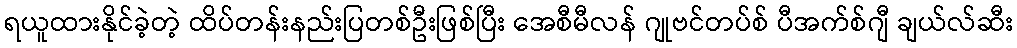
ရယူထားနိုင်ခဲ့တဲ့ ထိပ်တန်းနည်းပြတစ်ဦးဖြစ်ပြီး အေစီမီလန် ဂျုဗင်တပ်စ် ပီအက်စ်ဂျီ ချယ်လ်ဆီး